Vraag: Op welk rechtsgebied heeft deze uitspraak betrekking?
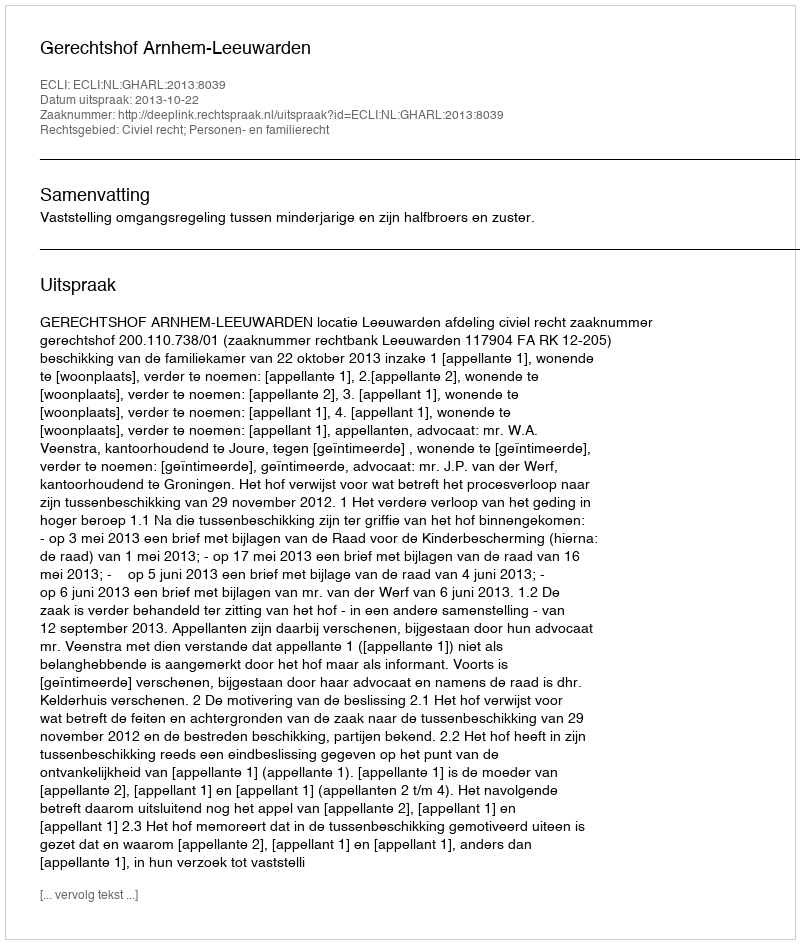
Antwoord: Civiel recht; Personen- en familierecht